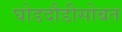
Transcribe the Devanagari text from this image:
घोडदौडीसोबत